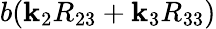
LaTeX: b(\mathbf{k}_{2}R_{23}+\mathbf{k}_{3}R_{33})